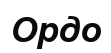
Ордо